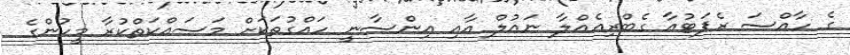
ގެ ހާއްސަ ރެޕަޓުއާ ގެބްރިއެއްލާ ނައުލް އާއި އިންސާނީ ހައްގުތަކަށް މަސައްކަތްކުރާ މީހުންގެ